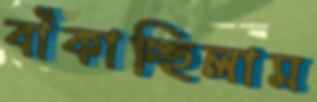
বাঁকাচ্ছিলাম